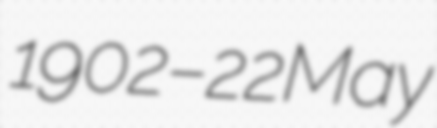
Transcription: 1902 – 22 May